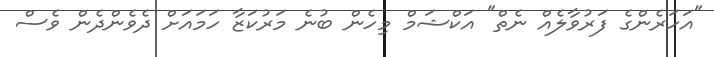
"އަހަރެންގެ ފަރުވާލެއް ނެތް" އަކްޝަމް މިހެން ބުނެ މަރުކަޒާ ހަމައަށް ދެވެންދެން ވެސް